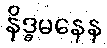
နိဒ္ဓမနေန